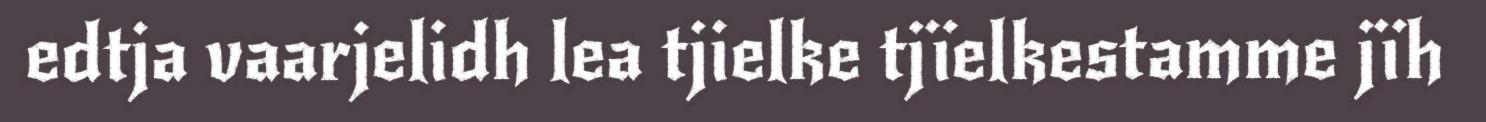
edtja vaarjelidh lea tjielke tjïelkestamme jïh